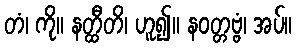
တံ၊ ကို။ နတ္ထီတိ၊ ဟူ၍။ နဝတ္တဗ္ဗံ၊ အပ်။